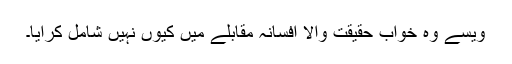
ویسے وہ خواب حقیقت والا افسانہ مقابلے میں کیوں نہیں شامل کرایا۔